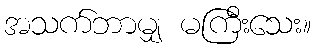
အသက်ဘာမျှ မကြီးသေး။